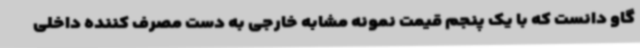
گاو دانست که با یک پنجم قیمت نمونه مشابه خارجی به دست مصرف کننده داخلی